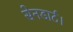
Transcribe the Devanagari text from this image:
सेनडार्ट।